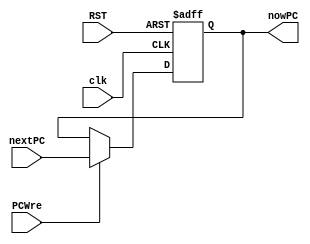
`timescale 1ns / 1ps
//////////////////////////////////////////////////////////////////////////////////
// Company: 
// Engineer: 
// 
// Design Name: 
// Module Name: PC
// Project Name: 
// Target Devices: 
// Tool Versions: 
// Description: 
// 
// Dependencies: 
// 
// Revision:
// Revision 0.01 - File Created
// Additional Comments:
// 
//////////////////////////////////////////////////////////////////////////////////


module PC(clk, RST, PCWre, nextPC, nowPC);
    input clk;
    input RST;
    input PCWre;
    input [31:0] nextPC;
    output reg [31:0] nowPC;
    
    always @(posedge clk or negedge RST) begin
        if (RST == 0) begin     //  RST0PC0
            nowPC <= 0;
        end
        else begin      //  PCWre1PCPC
            nowPC <= PCWre ? nextPC : nowPC;
        end
    end
endmodule